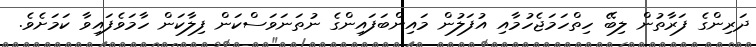
ދަރިންގެ ފަރާތުން ލިބޭ ހިތްހަމަޖެހުމާއި އުފަލުން މައިންބަފައިންގެ ނުތަނަވަސްކަން ފިލާކަން ހާމަވެފައިވާ ކަމަށެވެ.